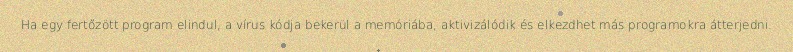
Ha egy fertőzött program elindul, a vírus kódja bekerül a memóriába, aktivizálódik és elkezdhet más programokra átterjedni.